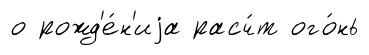
о рожд'е́н'иjа расч́т ого́нь